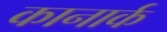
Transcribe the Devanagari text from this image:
कानार्क